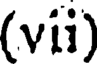
(vii)